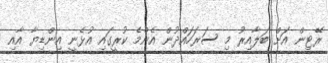
ރޭޓިން އަށް ބަލާއިރު މި ސަރަހައްދުން އެންމެ ކުރީގައި އުޅެނީ އިންޑިޔާ އާއި